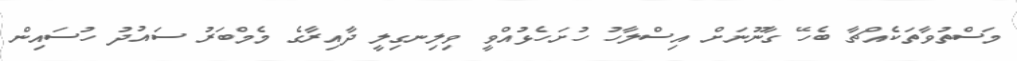
މަސްތުވާތަކެއްޗާ ބެހޭ ގާނޫނަށް އިސްލާހު ހުށަހެޅުއްވީ ވިލިނގިލީ ދާއިރާގެ މެމްބަރު ސައުދު ހުސައިން